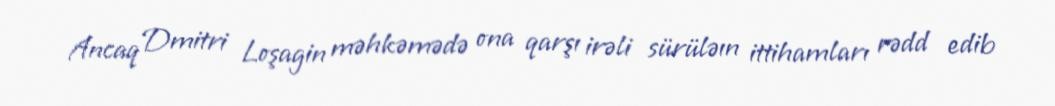
Ancaq Dmitri Loşagin məhkəmədə ona qarşı irəli sürüləın ittihamları rədd edib